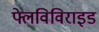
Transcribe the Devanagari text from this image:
फ्लेविविराइड